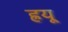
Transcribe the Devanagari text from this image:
ह्रयू